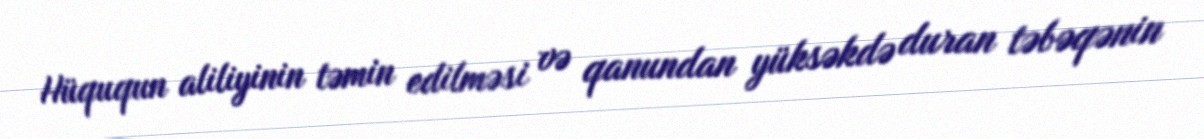
Hüququn aliliyinin təmin edilməsi və qanundan yüksəkdə duran təbəqənin